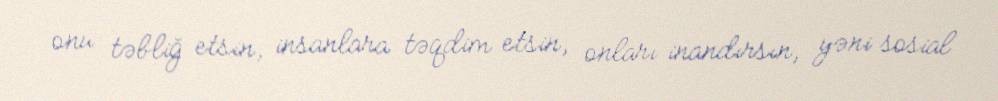
onu təbliğ etsin, insanlara təqdim etsin, onları inandırsın, yəni sosial